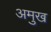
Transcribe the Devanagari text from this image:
अमुख